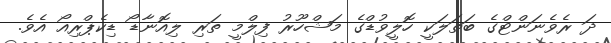
ދަ ރެވެނަންޓްގެ ބަތަލަކީ ހޮލީވުޑްގެ މަޝްހޫރު ފިލްމީ ތަރި ލިއޮނާޑޯ ޑިކެޕްރިއޯ އެވެ.